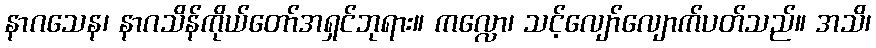
နာဂသေန၊ နာဂသိန်ကိုယ်တော်အရှင်ဘုရား။ ကလ္လော၊ သင့်လျော်လျောက်ပတ်သည်။ အသိ၊